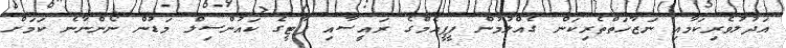
އަދުލުވެރިކަމާއި ނަޒާހަތްތެރިކަން ގެއްލުމުން ޕީޕީއެމްގެ ރައީސާއި ޕާޓީގެ ކައުންސިލް މަޑުން ނޯންނާނެ ކަމަށް